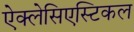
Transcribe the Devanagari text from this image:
ऐक्लेसिएस्टिकल